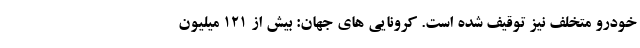
خودرو متخلف نیز توقیف شده است. کرونایی های جهان: بیش از ۱۲۱ میلیون